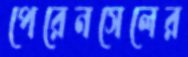
পেরেনসেলের